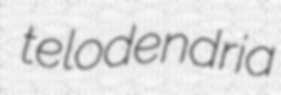
telodendria